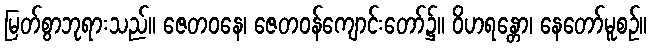
မြတ်စွာဘုရားသည်။ ဇေတဝနေ၊ ဇေတဝန်ကျောင်းတော်၌။ ဝိဟရန္တော၊ နေတော်မူစဉ်။